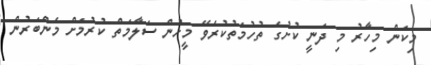
މިކަން މިހާރު މި ދަނީ ކުށުގެ ތުހުމަތުކުރެވޭ މީހުން ސަލާމަތް ކުރުމަށް މެންބަރުން